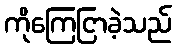
ကိုကြေငြာခဲ့သည်